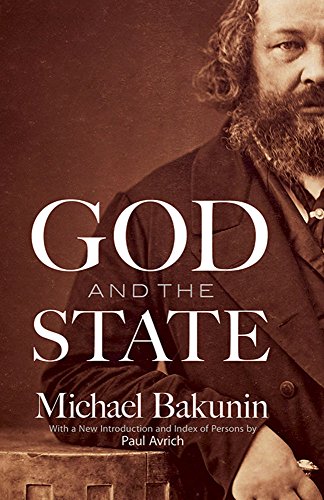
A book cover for God and the State; Michael Bakunin; Religion & Spirituality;